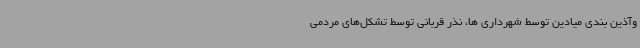
وآذین بندی میادین توسط شهرداری ها، نذر قربانی توسط تشکل‌های مردمی